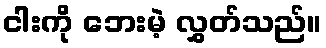
ငါးကို ဘေးမဲ့ လွှတ်သည်။